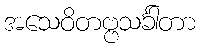
အသေဝိတဗ္ဗသင်္ခါတာ